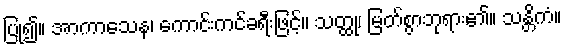
ပြု၍။ အာကာသေန၊ ကောင်းကင်ခရီးဖြင့်။ သတ္ထု၊ မြတ်စွာဘုရား၏။ သန္တိကံ။